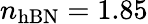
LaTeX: n_{\mathrm{hBN}}=1.85